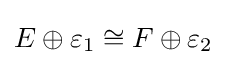
E\oplus \varepsilon _{1}\cong F\oplus \varepsilon _{2}